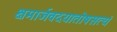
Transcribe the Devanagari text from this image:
क्षमार्जवदयातोषसत्यं